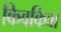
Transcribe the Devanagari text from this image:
किवकिवा